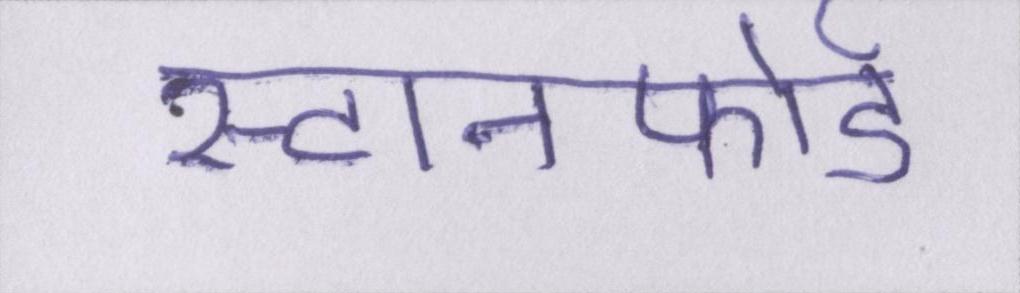
स्टानफोर्ड